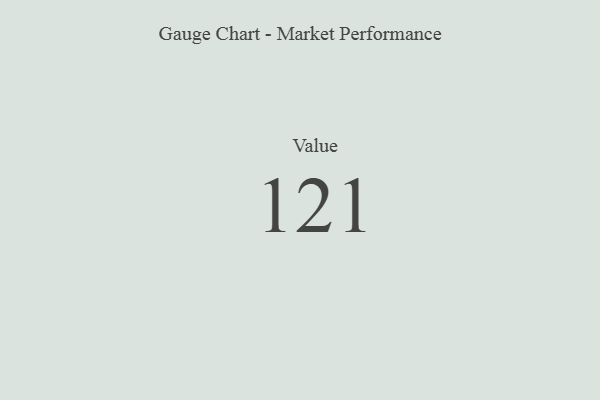
{"axis": {"x": "Metric", "y": "Value"}, "legend": [""], "data": [{"x": "Value", "y": 121, "type": ""}]}